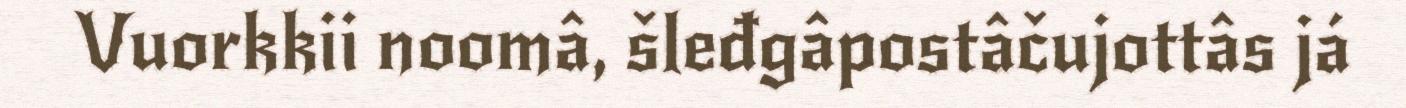
Vuorkkii noomâ, šleđgâpostâčujottâs já